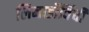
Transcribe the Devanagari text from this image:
लिनार्डोविंची